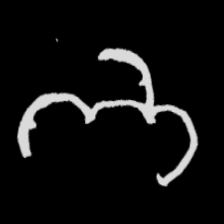
Pyu character \u2014 Myanmar letter: ဘ (romanized: bha)